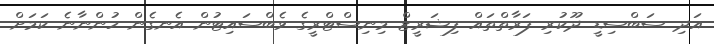
އަދި ސަބްސިޑީ ދޫކުރި ފަރާތްތައް ފިޝަރީޒް މިނިސްޓްރީގެ ވެބްސައިޓުން އެނގެން ހުންނާނެ ކަމަށް